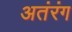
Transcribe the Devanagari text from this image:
अतंरंग